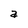
Character: a